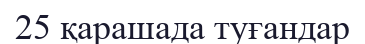
25 қарашада туғандар